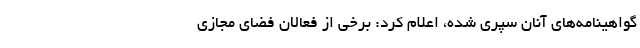
گواهینامه‌های آنان سپری شده، اعلام کرد: برخی از فعالان فضای مجازی